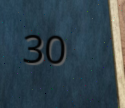
30